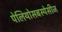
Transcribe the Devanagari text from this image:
पेलियोसबस्पेसीज